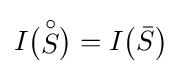
I{\big (}{\stackrel {\circ }{S}}{\big )}=I{\big (}{\bar {S}}{\big )}